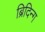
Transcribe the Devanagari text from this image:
ब्रिदिन्ग